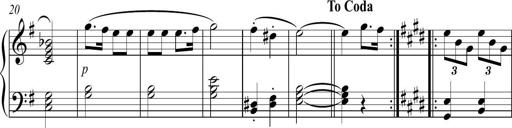
Title: Sonatina no. 2
Composer: Brian Henderson-Sellers
Key: G major